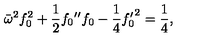
\bar { \omega } ^ { 2 } f _ { 0 } ^ { 2 } + \frac { 1 } { 2 } f _ { 0 } { ' ^ { \prime } } f _ { 0 } - \frac { 1 } { 4 } { f _ { 0 } ^ { \prime } } ^ { 2 } = \frac { 1 } { 4 } ,